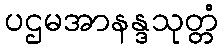
ပဌမအာနန္ဒသုတ္တံ